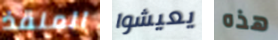
المنقذ يعيشوا هذه